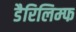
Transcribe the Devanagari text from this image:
डैरिलिम्फ